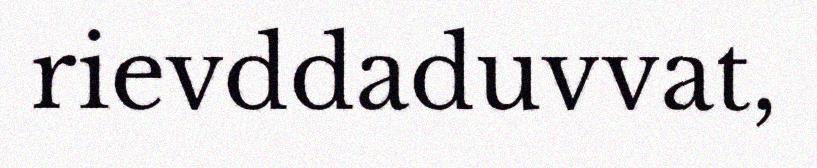
rievddaduvvat,